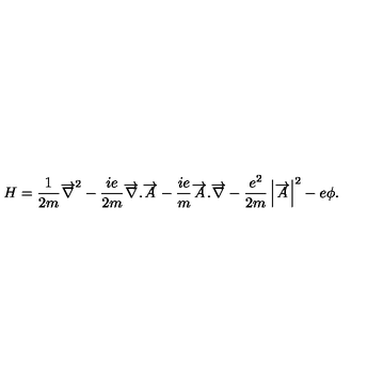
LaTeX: H = \frac { 1 } { 2 m } \overrightarrow { \nabla } ^ { 2 } - \frac { i e } { 2 m } \overrightarrow { \nabla } . \overrightarrow { A } - \frac { i e } { m } \overrightarrow { A } . \overrightarrow { \nabla } - \frac { e ^ { 2 } } { 2 m } \left| \overrightarrow { A } \right| ^ { 2 } - e \phi .